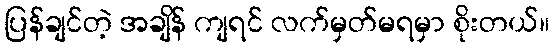
ပြန်ချင်တဲ့ အချိန် ကျရင် လက်မှတ်မရမှာ စိုးတယ်။